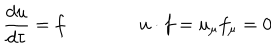
\frac { d u } { d \tau } = f \qquad \qquad u \cdot f = u _ { \mu } f _ { \mu } = 0